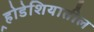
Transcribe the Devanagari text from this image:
र्‍होडेशियातील